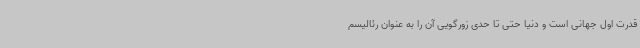
قدرت اول جهانی است و دنیا حتی تا حدی زورگویی آن را به عنوان رئالیسم